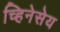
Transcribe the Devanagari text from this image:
च्हिनेसेय